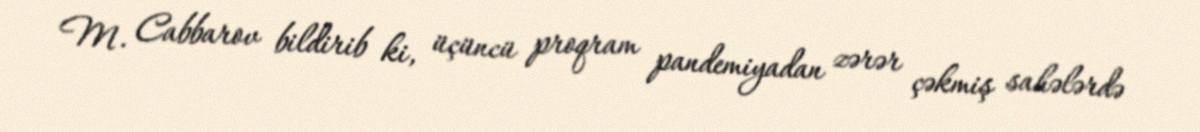
M. Cabbarov bildirib ki, üçüncü proqram pandemiyadan zərər çəkmiş sahələrdə